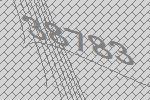
38783